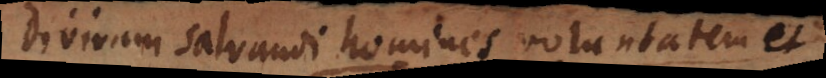
divinam salvandi homines voluntatem e